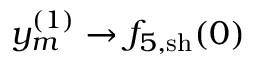
y _ { m } ^ { ( 1 ) } \to { f } _ { 5 , \mathrm { s h } } ( 0 )